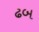
ઢબ